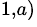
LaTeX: ^{1,a)}